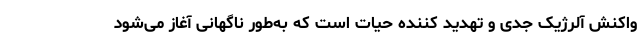
واکنش آلرژیک جدی و تهدید کننده حیات است که به‌طور ناگهانی آغاز می‌شود